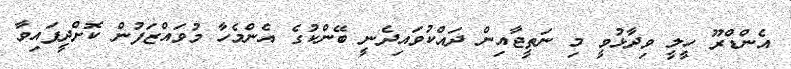
އެންޑްރޫ ހީލީ ވިދާޅުވީ މި ނަތީޖާއިން ދައްކުވައިދެނީ ބޭންކުގެ އެންމެހާ މުވައްޒަފުން ކޮށްދީފައިވާ